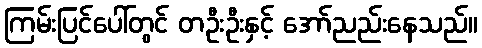
ကြမ်းပြင်ပေါ်တွင် တဦးဦးနှင့် အော်ညည်းနေသည်။